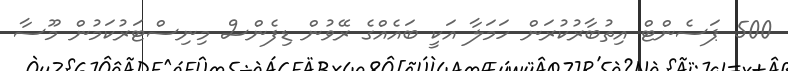
500 ޕަސެންޓް އިތުބާރުކުރަން ހަމަލާ އަކީ ބައެއްގެ ރޭވުން ޑިފެންސް މިނިސްޓަރުކަމުން މޫސާ